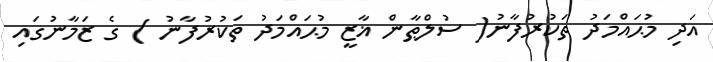
އަދި މުޙައްމަދު ތަކުރުފާނު( ސުލްޠާން ޣާޒީ މުޙައްމަދު ތަކުރުފާނު ) ގެ ޒަމާނުގައި